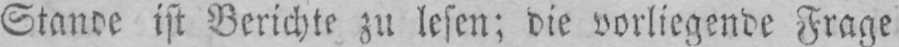
Stande ist Berichte zu lesen; die vorliegende Frage